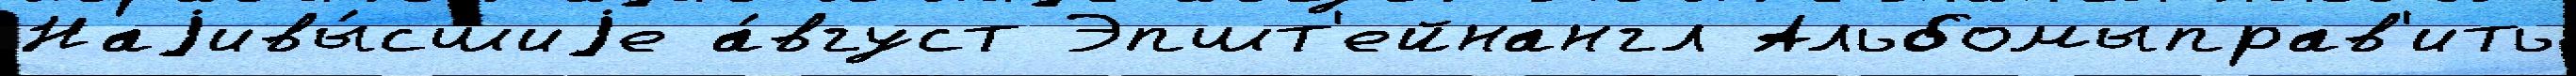
Наjивы́сшиjе а́вгуст Эпшт'ейнангл Альбомыправ'ить